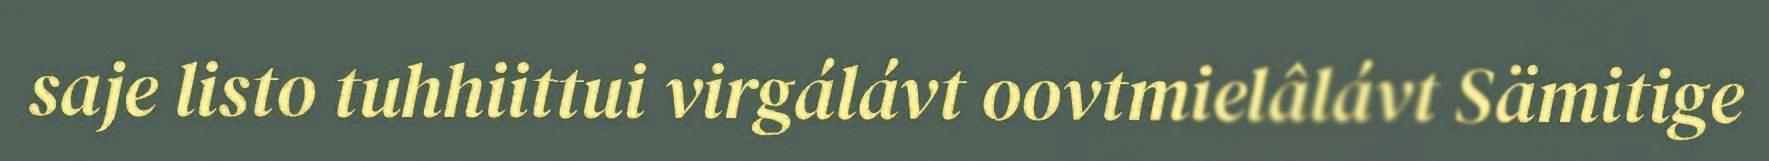
saje listo tuhhiittui virgálávt oovtmielâlávt Sämitige